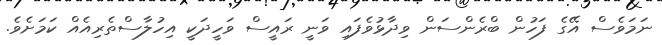
ނަމަވެސް އޭގެ ފަހުން ބްރެންސަން ވިދާޅުވެފައި ވަނީ ރައީސް ވަހީދަކީ އިހުލާސްތެރިއެއް ކަމަށެވެ.